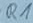
Text: R1